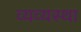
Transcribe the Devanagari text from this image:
व्यव्यस्था